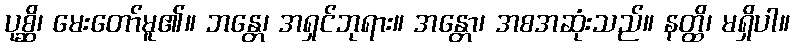
ပုစ္ဆိ၊ မေးတော်မူ၏။ ဘန္တေ၊ အရှင်ဘုရား။ အန္တော၊ အစအဆုံးသည်။ နတ္ထိ၊ မရှိပါ။